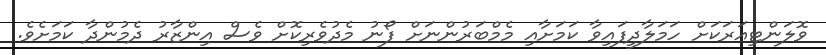
ވޮލަންޓިއަރަކަށް ހަމަލާދީފައިވާ ކަމަށާއި މެމްބަރުންނަށް ފޯނު މެދުވެރިކޮށް ވެސް އިންޒާރު ދެމުންދާ ކަމަށެވެ.